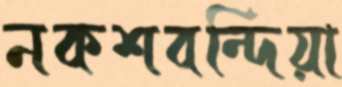
নকশবন্দিয়া